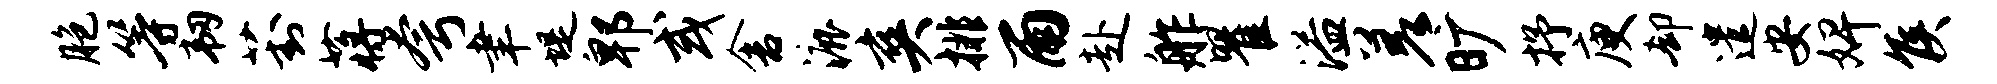
胞等韧葑蒋夸聿堤郫或舍漉爽排雨赴舴瞿溢差旷抒庾却遣安婢侯